Civil Veterinary Department Bihar & Orissa reports 1929-36 - 1929-1936
Year: 1929
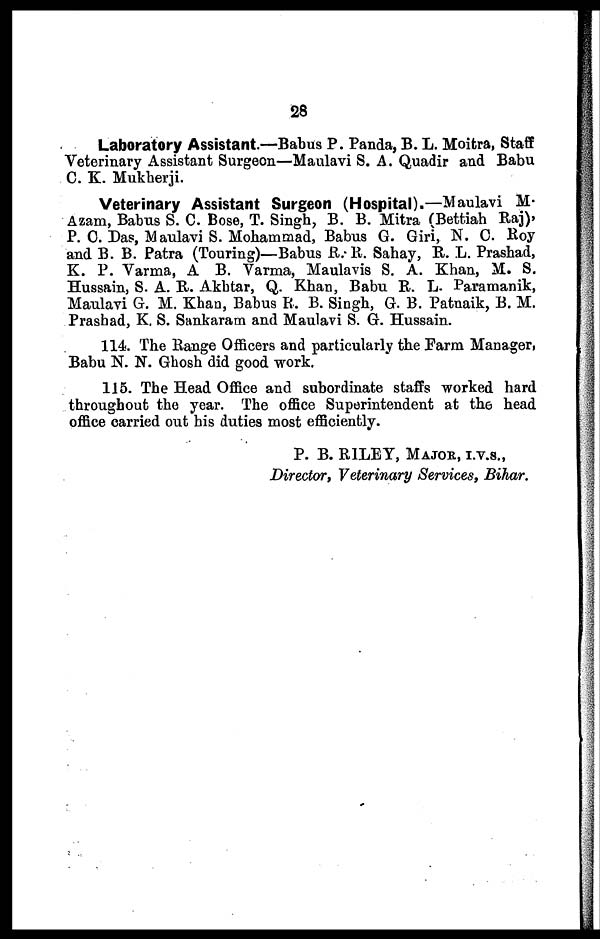
28
Laboratory Assistant.—Babus P. Panda, B. L. Moitra, Staff
Veterinary Assistant Surgeon—Maulavi S. A. Quadir and Babu
C. K. Mukherji.
Veterinary Assistant Surgeon (Hospital).—Maulavi M.
Azam, Babus S. C. Bose, T. Singh, B. B. Mitra (Bettiah Raj),
P. C. Das, Maulavi S. Mohammad, Babus G. Giri, N. C. Roy
and B. B. Patra (Touring)—Babus R. R. Sahay, R. L. Prashad,
K. P. Varma, A B. Varma, Maulavis S. A. Khan, M. S.
Hussain, S. A. R. Akhtar, Q. Khan, Babu R. L. Paramanik,
Maulavi G. M. Khan, Babus R. B. Singh, G. B. Patnaik, B. M.
Prashad, K. S. Sankaram and Maulavi S. G. Hussain.
114. The Range Officers and particularly the Farm Manager,
Babu N. N. Ghosh did good work.
115. The Head Office and subordinate staffs worked hard
throughout the year. The office Superintendent at the head
office carried out his duties most efficiently.
P. B. RILEY, MAJOR, I.V.S.,
Director, Veterinary Services, Bihar.